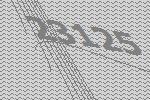
23125